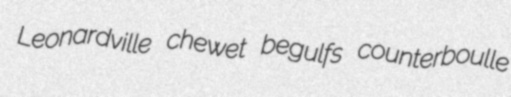
Leonardville chewet begulfs counterboulle